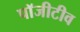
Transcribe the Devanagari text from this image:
पॉजीटीव